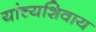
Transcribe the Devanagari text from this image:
यांच्यशिवाय